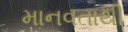
માનવતાથી